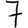
Digit: 7